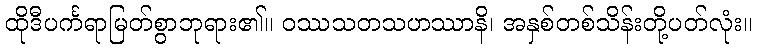
ထိုဒီပင်္ကရာမြတ်စွာဘုရား၏။ ဝဿသတသဟဿာနိ၊ အနှစ်တစ်သိန်းတို့ပတ်လုံး။